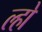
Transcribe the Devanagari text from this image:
ल्हो